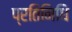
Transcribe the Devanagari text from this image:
प्रतिनिधि